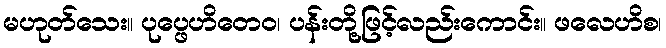
မဟုတ်သေး။ ပုပ္ဖေဟိတေဝ၊ ပန်းတို့ဖြင့်လည်းကောင်း။ ဖလေဟိစ၊